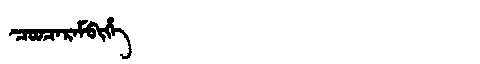
Manchu: ᠴᠣᠣᠴᠠᡵᠠᠮᠪᡳᡥᡝ
Romanization: COOCARAMBIHE